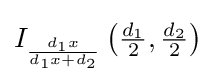
I_{\frac {d_{1}x}{d_{1}x+d_{2}}}\left({\tfrac {d_{1}}{2}},{\tfrac {d_{2}}{2}}\right)